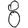
Digit: 8